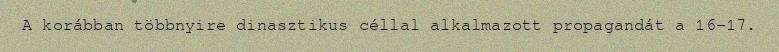
A korábban többnyire dinasztikus céllal alkalmazott propagandát a 16–17.